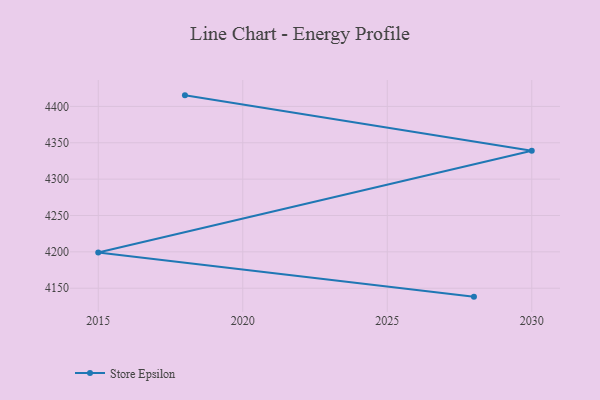
{"axis": {"x": "Year", "y": "Net Income (USD K)"}, "legend": ["Store Epsilon"], "data": [{"x": "2028", "y": 4138.4, "type": "Store Epsilon"}, {"x": "2015", "y": 4199.2, "type": "Store Epsilon"}, {"x": "2030", "y": 4339.1, "type": "Store Epsilon"}, {"x": "2018", "y": 4415.2, "type": "Store Epsilon"}]}